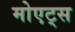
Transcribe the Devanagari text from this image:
मोएट्स